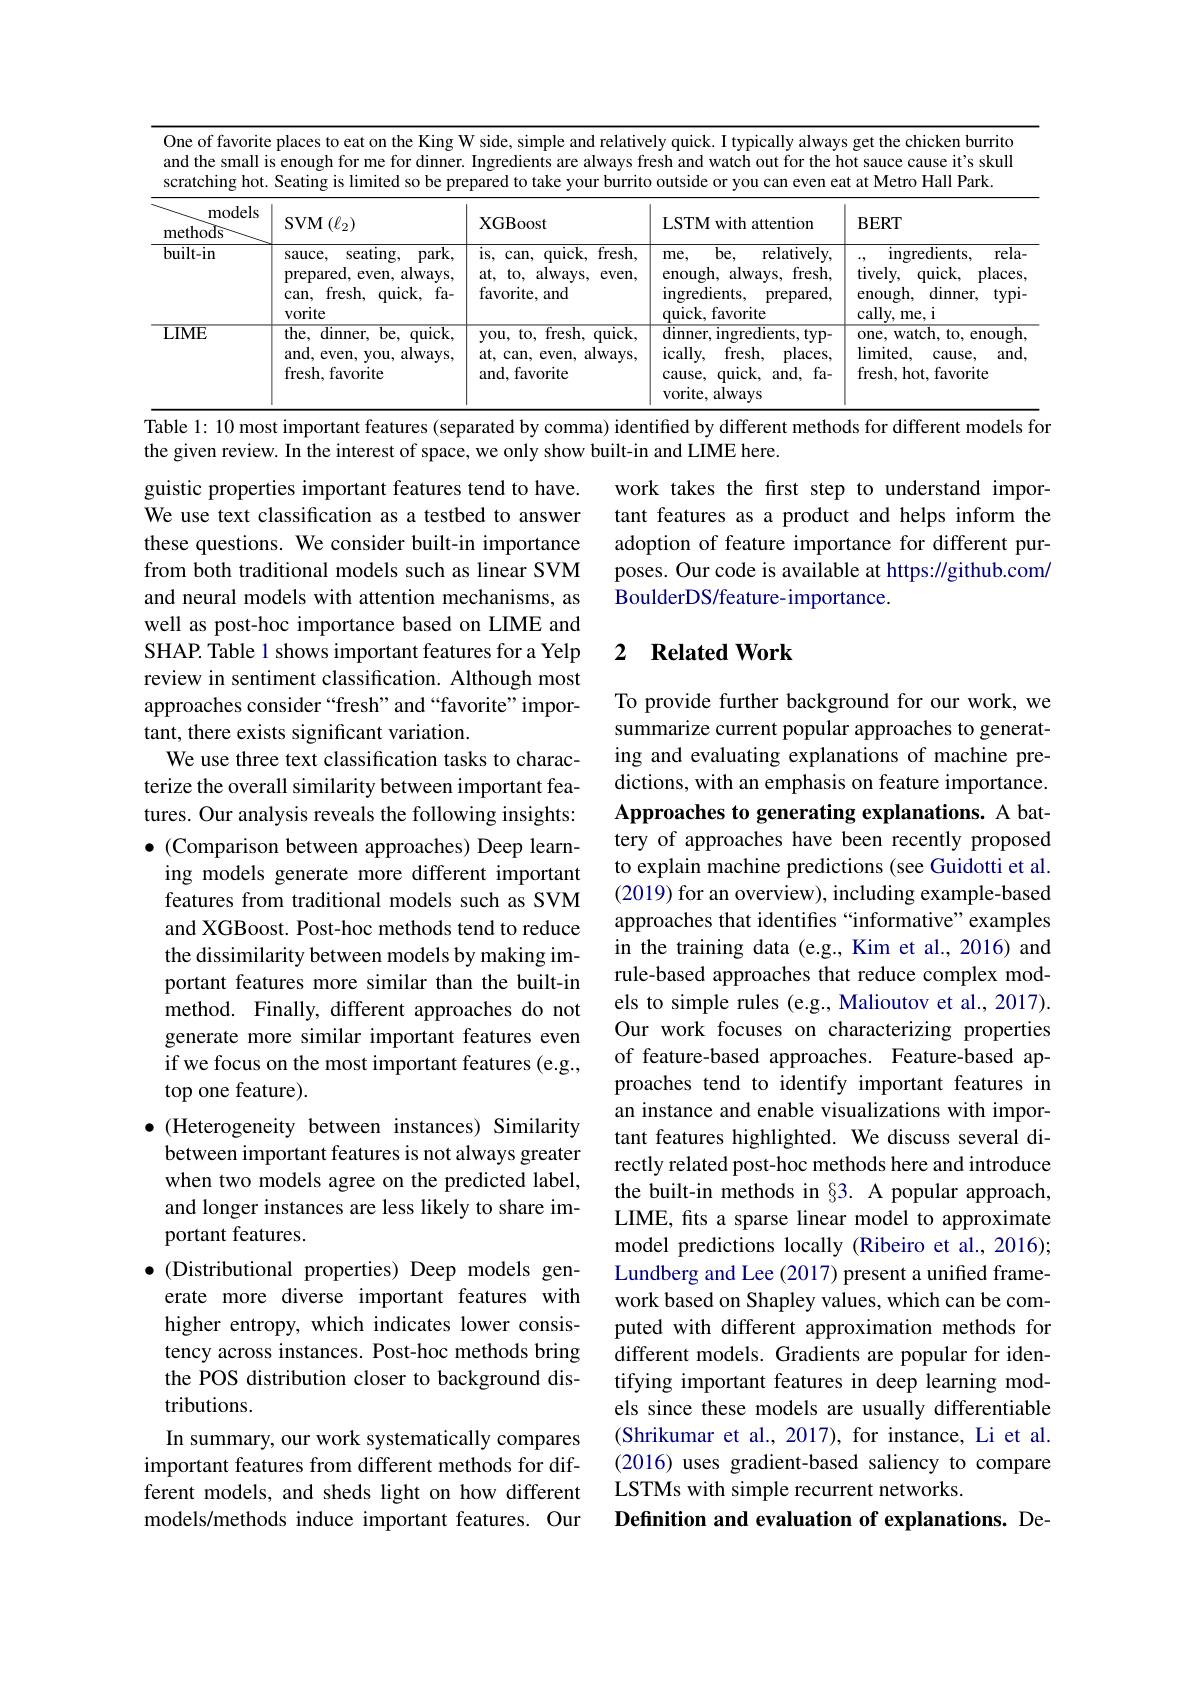
One of favorite places to eat on the King W side, simple and relatively quick. I typically always get the chicken burrito and the small is enough for me for dinner. Ingredients are always fresh and watch out for the hot sauce cause it's skull scratching hot. Seating is limited so be prepared to take your burrito outside or you can even eat at Metro Hall Park.

<table>
	<tbody>
		<tr>
			<th>models methods</th>
			<th>$\operatorname{SVM}\left(\ell_{2}\right)$</th>
			<th>XGBoost</th>
			<th>LSTM with attention</th>
			<th>$\mathbf{BERT}$</th>
		</tr>
		<tr>
			<td>built-in</td>
			<td>sauce, seating, $park.$ prepared, even, always, $can$, $fresh$, quick, $fa-$ $\frac{1}{2}=\frac{1}{2}=\frac{1}{2}$ vorite</td>
			<td>$is,($ can, quick, fresh, at, to, a always, $even$, favorite, and</td>
			<td> $be$, $\overline{{\mathrm{relatively,}}}$ enough, always, f $fresh.$ ingredients, prepared, quick, favorite</td>
			<td>ingredients, $rela.$ tively, quick, places $\frac{1}{2}=\frac{1}{2}=\frac{1}{2}$ enough, dinner, $typi-$ cally, me, i</td>
		</tr>
		<tr>
			<td>$\mathbf{LIME}$</td>
			<td>the, $\mathop{\mathrm{dinner}}$, $\overline{\mathrm{be,~c}}$ quick $and$, always, even, you, a fresh, favorite</td>
			<td>you, to, fresh, quick, always, at, can, even, a and, favorite</td>
			<td>$\overline{\mathrm{dinner,~ingredients,~typ-}}$ $ically$, $fresh$, places, cause, $quick$, and, fa- 1 vorite, always</td>
			<td>one, watch, to, enough $\operatorname{limited}$, cause, $and.$ fresh, hot, favorite</td>
		</tr>
	</tbody>
</table>

Table 1: 10 most important features (separated by comma) identified by different methods for different models for

work takes the first step to understand important features as a product and helps inform the adoption of feature importance for different purposes. Our code is available at https://github.com/ BoulderDS/feature-importance.

## 2 $\textbf{Related Work}$

the given review. In the interest of space, we only show built-in and LIME here.
guistic properties important features tend to have. We use text classification as a testbed to answer these questions. We consider built-in importance from both traditional models such as linear SVM and neural models with attention mechanisms, as well as post-hoc importance based on LIME and SHAP. Table 1 shows important features for a Yelp review in sentiment classification. Although most approaches consider “fresh”and “favorite”important, there exists significant variation.
We use three text classification tasks to characterize the overall similarity between important features. Our analysis reveals the following insights: $\bullet$ (Comparison between approaches) Deep learn-
ing models generate more different important features from traditional models such as SVM and XGBoost. Post-hoc methods tend to reduce the dissimilarity between models by making important features more similar than the built-in method. Finally, different approaches do not generate more similar important features even if we focus on the most important features (e.g., top one feature).
$\bullet$ (Heterogeneity between instances) Similarity
between important features is not always greater when two models agree on the predicted label, and longer instances are less likely to share important features.
$\bullet$ (Distributional properties) Deep models gen-
erate more diverse important features with higher entropy, which indicates lower consistency across instances. Post-hoc methods bring the POS distribution closer to background distributions.
In summary, our work systematically compares important features from different methods for different models, and sheds light on how different models/methods induce important features. Our

To provide further background for our work, we summarize current popular approaches to generating and evaluating explanations of machine predictions, with an emphasis on feature importance. Approaches to generating explanations. A battery of approaches have been recently proposed to explain machine predictions (see Guidotti et al. (2019) for an overview), including example-based approaches that identifies “informative”examples in the training data (e.g., Kim et al., 2016) and rule-based approaches that reduce complex models to simple rules (e.g., Malioutov et al., 2017). Our work focuses on characterizing properties of feature-based approaches. Feature-based approaches tend to identify important features in an instance and enable visualizations with important features highlighted. We discuss several directly related post-hoc methods here and introduce the built-in methods in §3. A popular approach, LIME, fits a sparse linear model to approximate model predictions locally (Ribeiro et al., 2016); Lundberg and Lee (2017) present a unified framework based on Shapley values, which can be computed with different approximation methods for different models. Gradients are popular for identifying important features in deep learning models since these models are usually differentiable (Shrikumar et al., 2017), for instance, Li et al. (2016) uses gradient-based saliency to compare LSTMs with simple recurrent networks.
Definition and evaluation of explanations. De-